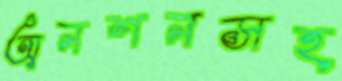
অনশনসহ